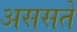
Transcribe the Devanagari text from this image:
अससते